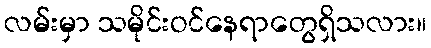
လမ်းမှာ သမိုင်းဝင်နေရာတွေရှိသလား။